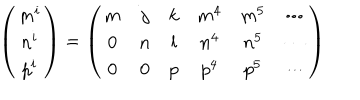
LaTeX: \left( \begin{matrix} { { m ^ { i } } } \\ { { n ^ { i } } } \\ { { p ^ { i } } } \\ \end{matrix} \right) = \left( \begin{matrix} { { m } } & { { j } } & { { k } } & { { m ^ { 4 } } } & { { m ^ { 5 } } } & { { \cdots } } \\ { { 0 } } & { { n } } & { { l } } & { { n ^ { 4 } } } & { { n ^ { 5 } } } & { { \cdots } } \\ { { 0 } } & { { 0 } } & { { p } } & { { p ^ { 4 } } } & { { p ^ { 5 } } } & { { \cdots } } \\ \end{matrix} \right)